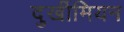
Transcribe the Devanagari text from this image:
दुर्खीमियन